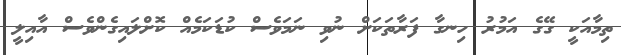
ތިމާއަކީ ގޭގެ އަމުރު ހިނގާ ފަރާތަކަށް ނުވި ނަމަވެސް ކުޑަކަމެއް ކޮށްލައިގެންވެސް އާއިލީ